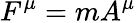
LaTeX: F^{\mu}=mA^{\mu}